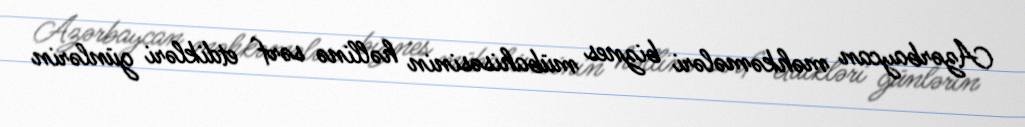
Azərbaycan məhkəmələri biznes mübahisəsinin həllinə sərf etdikləri günlərin